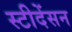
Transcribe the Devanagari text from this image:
स्टीदेंसन